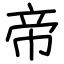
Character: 帝